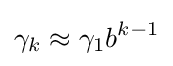
\gamma _{k}\approx \gamma _{1}b^{k-1}